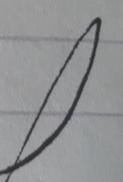
Signature authenticity: forged